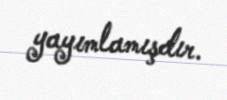
yayımlamışdır.